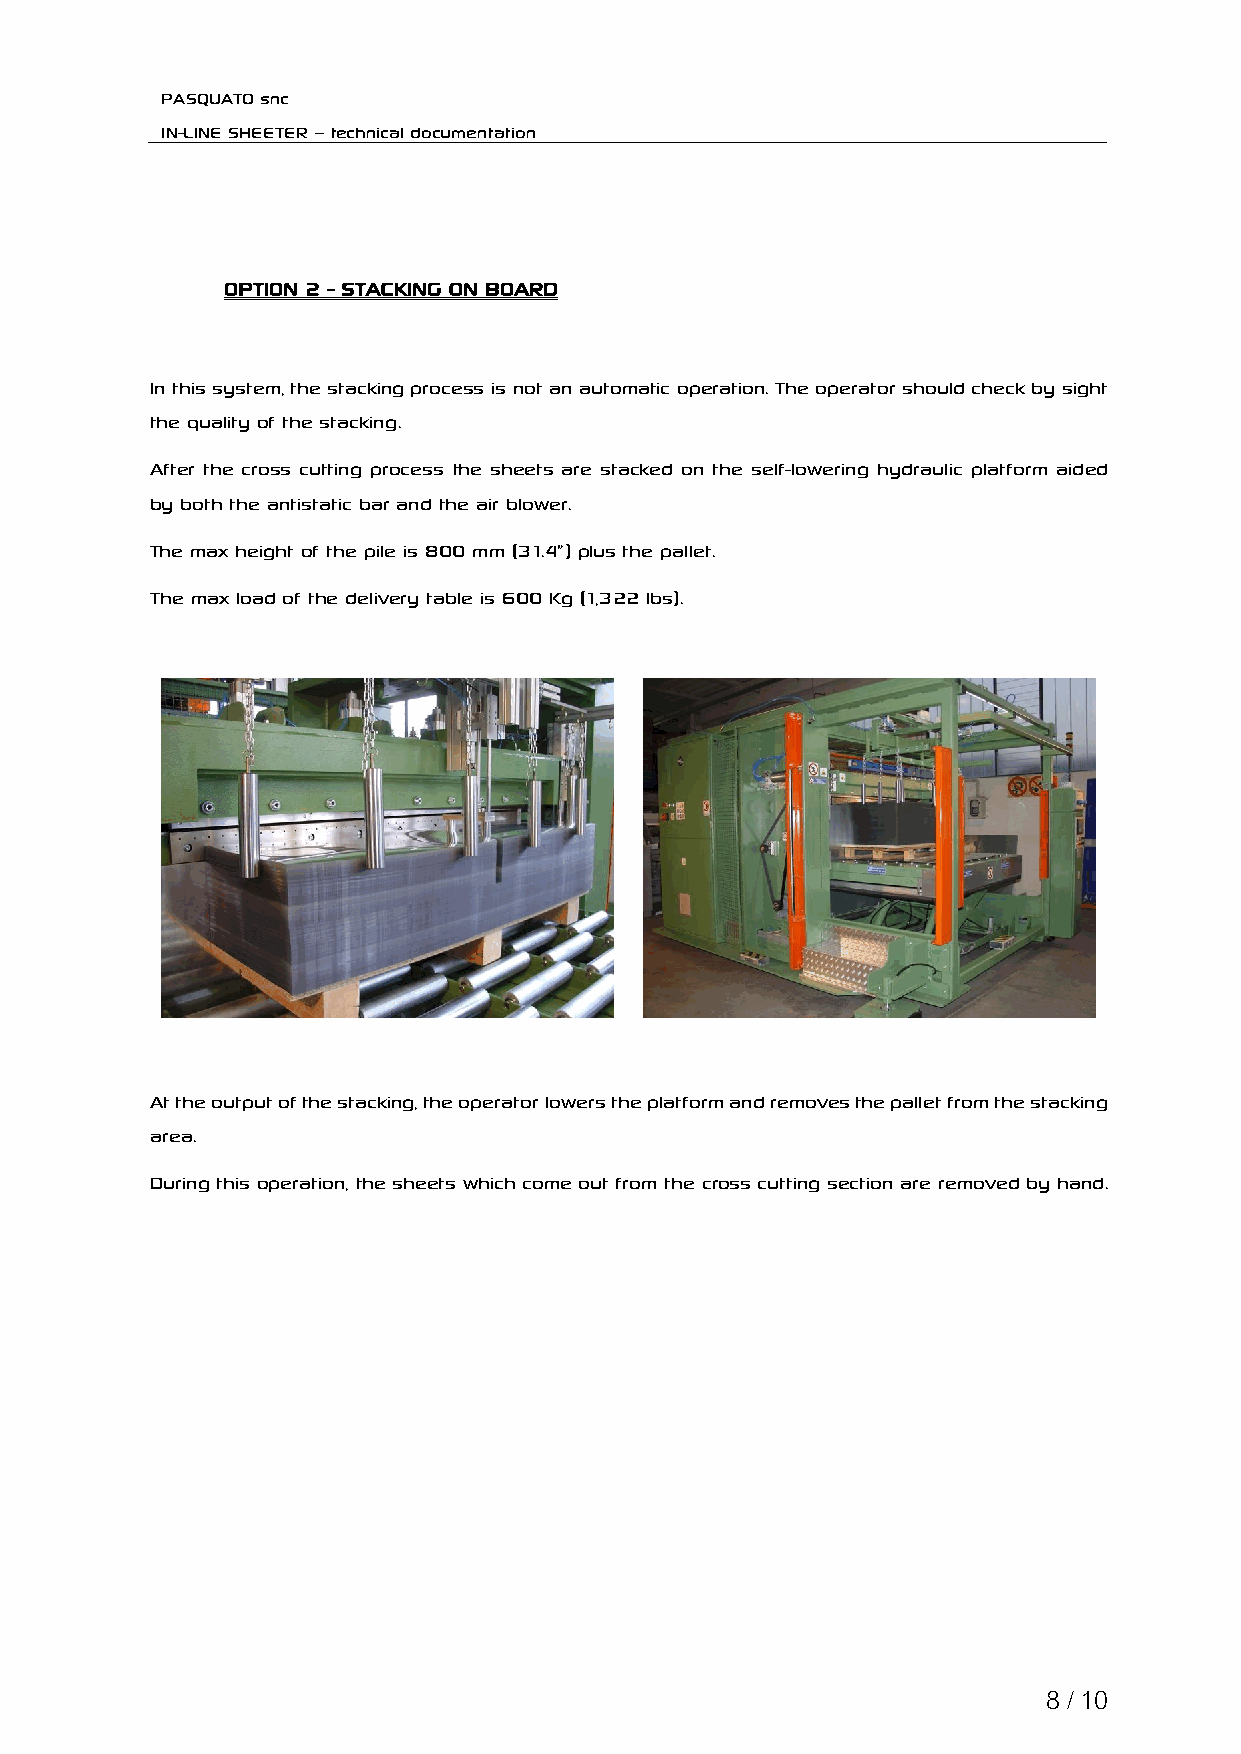
PASQUATO snc
 IN-LINE SHEETER – technical documentation
 OPTION 2 - STACKING ON BOARD
 In this system, the stacking process is not an automatic operation. The operator should check by sight
 the quality of the stacking.
 After the cross cutting process the sheets are stacked on the self-lowering hydraulic platform aided
 by both the antistatic bar and the air blower.
 The max height of the pile is 800 mm (31.4”) plus the pallet.
 The max load of the delivery table is 600 Kg (1,322 lbs).
 At the output of the stacking, the operator lowers the platform and removes the pallet from the stacking
 area.
 During this operation, the sheets which come out from the cross cutting section are removed by hand.
 8 / 10